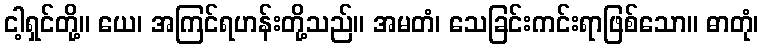
ငါ့ရှင်တို့။ ယေ၊ အကြင်ရဟန်းတို့သည်။ အမတံ၊ သေခြင်းကင်းရာဖြစ်သော။ ဓာတုံ၊